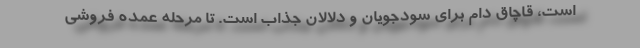
است، قاچاق دام برای سودجویان و دلالان جذاب است. تا مرحله عمده فروشی